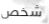
شخص